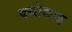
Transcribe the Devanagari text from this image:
क्योकाइ